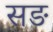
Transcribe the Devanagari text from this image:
सङ